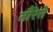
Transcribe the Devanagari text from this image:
तौरेत्ते